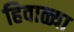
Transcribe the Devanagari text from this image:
हिवाळ्या